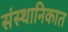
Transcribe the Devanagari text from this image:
संस्थानिकात